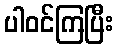
ပါဝင်ကြပြီး